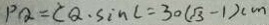
P Q = C Q \cdot \sin C = 3 0 ( \sqrt { 3 } - 1 ) ( m